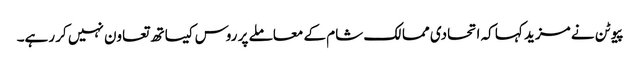
پیوٹن نے مزید کہا کہ اتحادی ممالک شام کے معاملے پر روس کیساتھ تعاون نہیں کر رہے۔